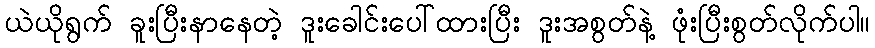
ယဲယိုရွက် ခူးပြီးနာနေတဲ့ ဒူးခေါင်းပေါ်ထားပြီး ဒူးအစွတ်နဲ့ ဖုံးပြီးစွတ်လိုက်ပါ။